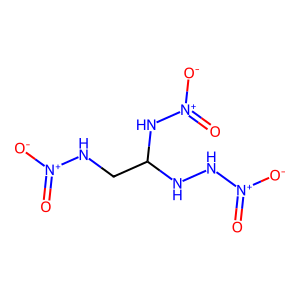
SMILES: O=[N+]([O-])NCC(NN[N+](=O)[O-])N[N+](=O)[O-]
Inhibits HIV replication: No